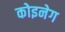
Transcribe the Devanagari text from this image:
कोइनेग